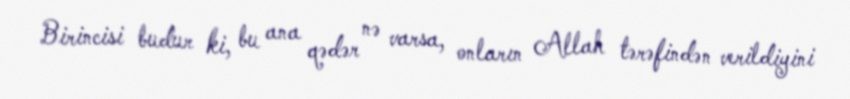
Birincisi budur ki, bu ana qədər nə varsa, onların Allah tərəfindən verildiyini